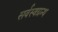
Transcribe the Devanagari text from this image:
सर्वस्वग्रन्थ